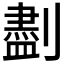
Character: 𪟖